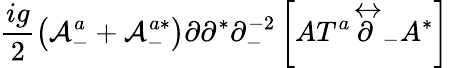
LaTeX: \frac{ig}{2}\left({\cal A}_{-}^{a}+{\cal A}_{-}^{a*}\right)\partial\partial^{*}\partial_{-}^{-2}\left[AT^{a}\stackrel{\leftrightarrow}{\partial}_{-}A^{*}\right]